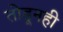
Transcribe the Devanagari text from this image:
तोडूनही